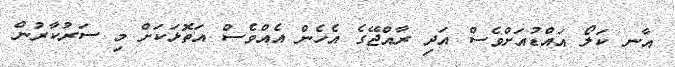
އާނ ކަލޯ އައްޑުއަށްވެސް އަދި ރާއްޖޭގެ އެހެން އެއްވެސް އަތޮޅަކަށް މި ސަރުކާރުން